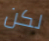
لكن